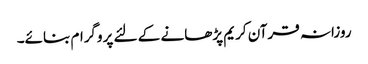
روزانہ قرآن کریم پڑھانے کے لئے پروگرام بنائے۔